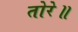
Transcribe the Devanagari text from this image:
तोरे॥